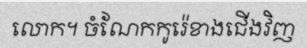
លោក។ ចំណែកកូរ៉េខាងជើងវិញ